Medical and sanitary report of the native army of Madras for the year
Year: 1872
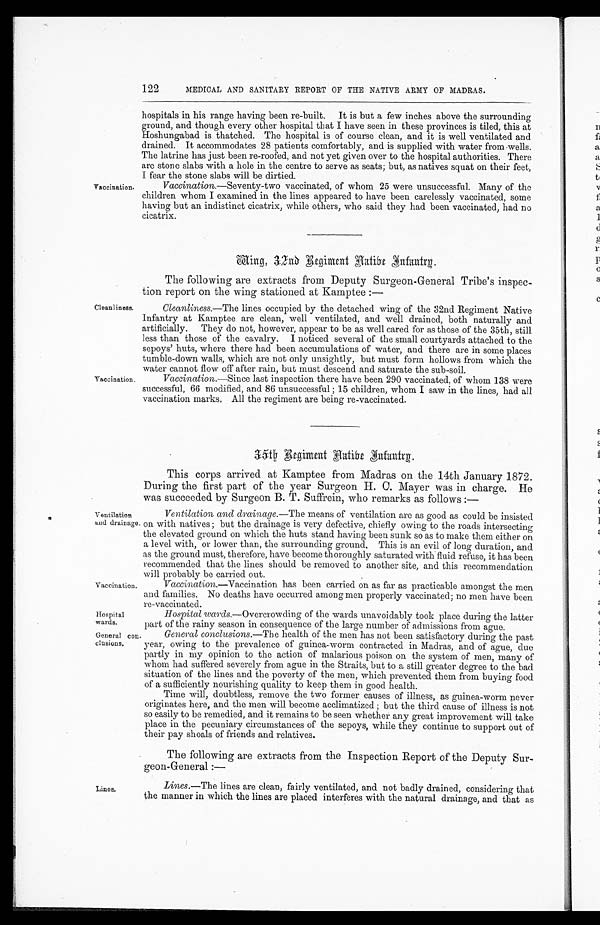
122
MEDICAL AND SANITARY REPORT OF THE NATIVE ARMY OF MADRAS.
Vaccination.
Cleanliness.
Vaccination.
hospitals in his range having been re-built. It is but a few inches above the surrounding
ground, and though every other hospital that I have seen in these provinces is tiled, this at
Hoshungabad is thatched. The hospital is of course clean, and it is well ventilated and
drained. It accommodates 28 patients comfortably, and is supplied with water from wells.
The latrine has just been re-roofed, and not yet given over to the hospital authorities. There
are stone slabs with a hole in the centre to serve as seats; but, as natives squat on their feet,
I fear the stone slabs will be dirtied.
Vaccination. —Seventy-two vaccinated, of whom 25 were unsuccessful. Many of the
children whom I examined in the lines appeared to have been carelessly vaccinated, some
having but an indistinct cicatrix, while others, who said they had been vaccinated, had no
cicatrix.
Wing, 32nd Regiment Aatibe Infantry.
The following are extracts from Deputy Surgeon-General Tribe's inspec
-tion report on the wing stationed at Kamptee :—
Cleanliness.— The lines occupied by the detached wing of the 32nd Regiment Native
Infantry at Kamptee are clean, well ventilated, and well drained, both naturally and
artificially. They do not, however, appear to be as well cared for as those of the 35th, still
less than those of the cavalry. I noticed several of the small courtyards attached to the
sepoys' huts, where there had been accumulations of water, and there are in some places
tumble-down walls, which are not only unsightly, but must form hollows from which the
water cannot flow off after rain, but must descend and saturate the sub-soil.
Vaccination.— Since last inspection there have been 290 vaccinated, of whom 138 were
successful, 66 modified, and 86 unsuccessful ; 15 children, whom I saw in the lines, had all
vaccination marks. All the regiment are being re-vaccinated.
Ventilation
and drainage
Vaccination.
35th Regiment Aatibe Infantry.
This corps arrived at Kamptee from Madras on the 14th January 1872.
During the first part of the year Surgeon H. C. Mayer was in charge. He
was succeeded by Surgeon B. T. Suffrein, who remarks as follows :—
Ventilation and drainage.— The means of ventilation are as good as could be insisted
on with natives ; but the drainage is very defective, chiefly owing to the roads intersecting
the elevated ground on which the huts stand having been sunk so as to make them either on
a level with, or lower than, the surrounding ground. This is an evil of long duration, and
as the ground must, therefore, have become thoroughly saturated with fluid refuse, it has been
recommended that the lines should be removed to another site, and this recommendation
will probably be carried out.
Vaccination .—Vaccination has been carried on as far as practicable amongst the men
and families. No deaths have occurred among men properly vaccinated; no men have been
re-vaccinated.
Hospital
wards.
General con
-clusions.
Hospital
wards .—Overcrowding of the wards unavoidably took place during the latter
part of the rainy season in consequence of the large number of admissions from ague.
General conclusions.— The health of the men has not been satisfactory during the past
year, owing to the prevalence of guinea-worm contracted in Madras, and of ague, due
partly in my opinion to the action of malarious poison on the system of men, many of
whom had suffered severely from ague in the Straits, but to a still greater degree to the bad
situation of the lines and the poverty of the men, which prevented them from buying food
of a sufficiently nourishing quality to keep them in good health.
Time will, doubtless, remove the two former causes of illness, as guinea-worm never
originates here, and the men will become acclimatized ; but the third cause of illness is not
so easily to be remedied, and it remains to be seen whether any great improvement will take
place in the pecuniary circumstances of the sepoys, while they continue to support out of
their pay shoals of friends and relatives.
The following are extracts from the Inspection Report of the Deputy Sur
,-geon-General :—
Lines.
Lines.— The lines are clean, fairly ventilated, and not badly drained, considering that
the manner in which the lines are placed interferes with the natural drainage, and that as